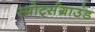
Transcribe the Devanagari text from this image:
स्पोर्ट्सग्राउंड